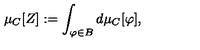
\mu _ { C } [ Z ] : = \int _ { \varphi \in B } d \mu _ { C } [ \varphi ] ,